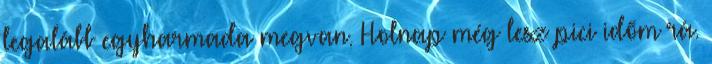
legalább egyharmada megvan. Holnap még lesz pici időm rá.